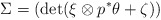
\begin{align*} \Sigma = (\det (\xi\otimes p^*\theta + \zeta) )\end{align*}